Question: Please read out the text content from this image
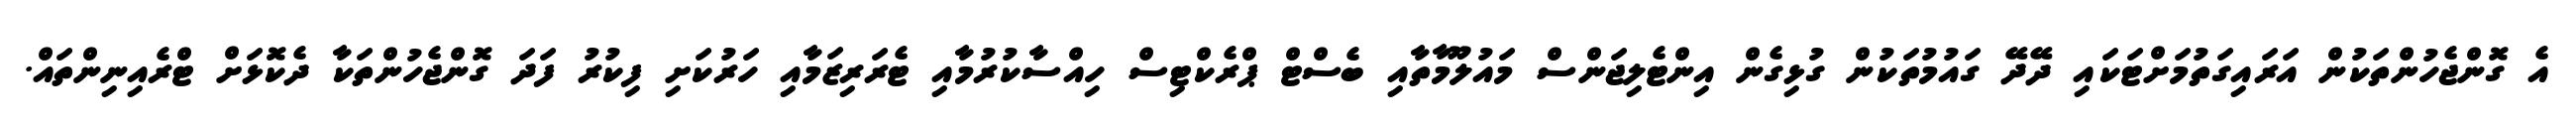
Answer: އެ ގޮންޖެހުންތަކުން އަރައިގަތުމަށްޓަކައި ދޭދޭ ގައުމުތަކުން ގުޅިގެން އިންޓެލިޖަންސް މައުލޫމާތާއި ބެސްޓް ޕްރެކްޓިސް ހިއްސާކުރުމާއި ޓެރަރިޒަމާއި ހަރުކަށި ފިކުރު ފަދަ ގޮންޖެހުންތަކާ ދެކޮޅަށް ޓްރެއިނިންތައް.